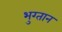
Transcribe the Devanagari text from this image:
भुग्तान